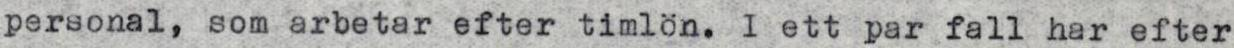
personal, som arbetar efter timlön. I ett par fall har efter